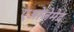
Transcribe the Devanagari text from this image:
एओजेमेद